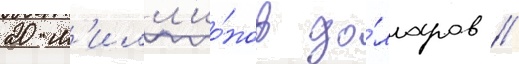
20 м'илл'ио́нов до́лларов //